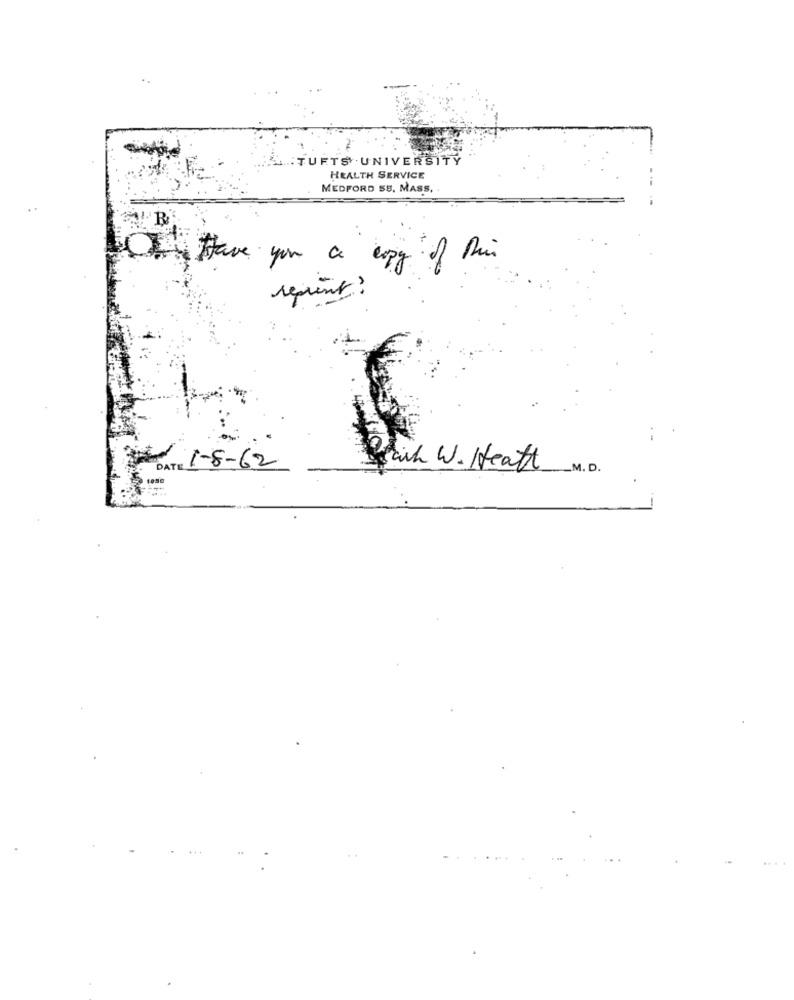
... TUFTS UNIVERSITY
HEALTH SERVICE
MEDFORD SE, MASS,
Have you a copy of Ruin
revient ?
1-8-62
DATE
Beach W. Heatt
_M. D.